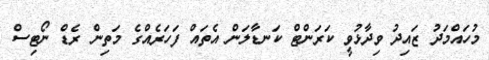
މުހައްމަދު ޒައިދު ވިދާޅުވީ ކަރަންޓް ކަނޑާލަން އެތައް ފަހަރެއްގެ މަތިން ރެޑް ނޯޓިސް